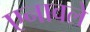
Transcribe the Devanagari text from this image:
एनावले